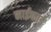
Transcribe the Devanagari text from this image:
माईफाई